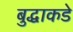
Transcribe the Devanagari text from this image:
बुद्धाकडे